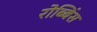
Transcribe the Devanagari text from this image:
रोब्बिंस